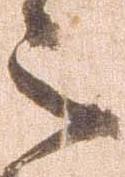
之